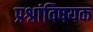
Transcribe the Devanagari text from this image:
प्रश्नांविषयक